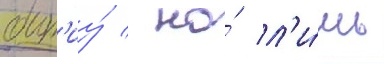
быт'иу́ / но́ л'и́шь